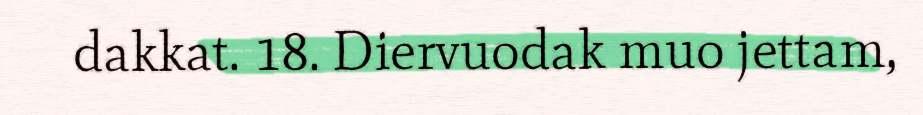
dakkat. 18. Diervuodak muo jettam,